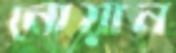
নোয়ান